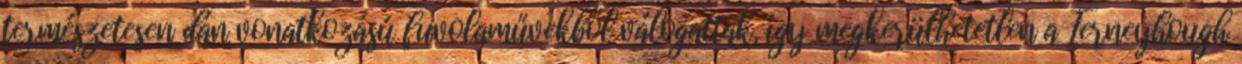
természetesen dán vonatkozású fuvolaművekből válogattak, így megkerülhetetlen a Ferneyhough